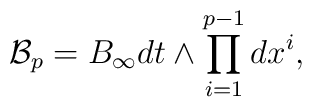
{\mathcal B}_{p} = B_{\infty} dt \wedge \prod_{i=1}^{p-1} dx^{i},